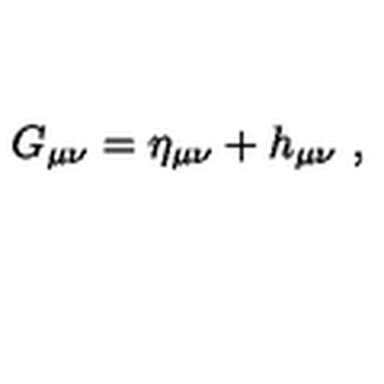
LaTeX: G _ { \mu \nu } = \eta _ { \mu \nu } + h _ { \mu \nu } \ ,